French and German assistants in Scottish schools and training centres, 1912
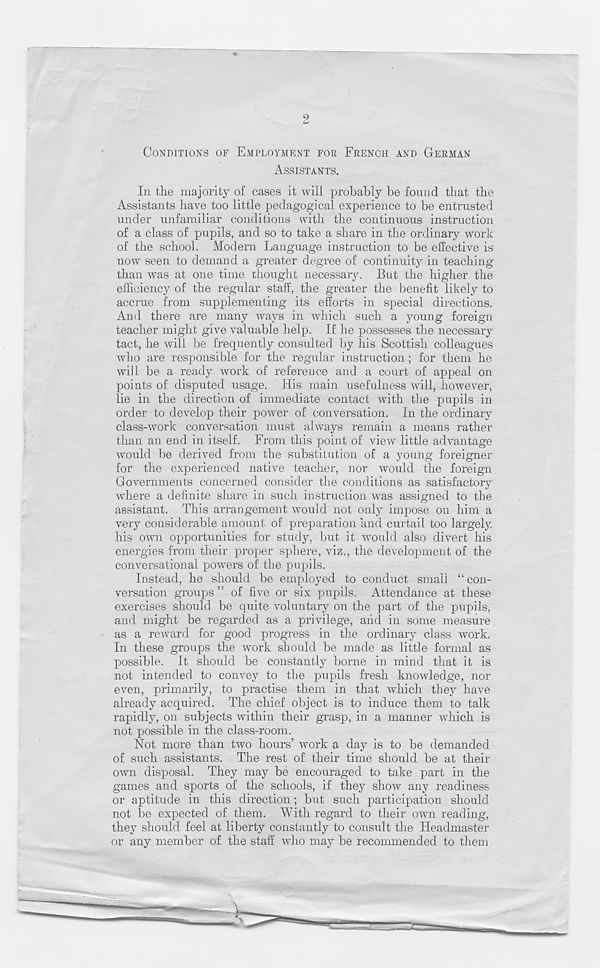
2
CONDITIONS OF EMPLOYMENT FOR FRENCH AND GERMAN
ASSISTANTS.
In the majority of cases it will probably be found that the
Assistants have too little pedagogical experience to be entrusted
under unfamiliar conditions with the continuous instruction
of a class of pupils, and so to take a share in the ordinary work
of the school. Modern Language instruction to be effective is
now seen to demand a greater degree of continuity in teaching
than was at one time thought necessary. But the higher the
efficiency of the regular staff, the greater the benefit likely to
accrue from supplementing its efforts in special directions.
And there are many ways in which such a young foreign
teacher might give valuable help. If he possesses the necessary
tact, he will be frequently consulted by his Scottish colleagues
who are responsible for the regular instruction; for them he
will be a ready work of reference and a court of appeal on
points of disputed usage. His main usefulness will, however,
lie in the direction of immediate contact with the pupils in
order to develop their power of conversation. In the ordinary
class-work conversation must always remain a means rather
than an end in itself. From this point of view little advantage
would be derived from the substitution of a young foreigner
for the experienced native teacher, nor would the foreign
Governments concerned consider the conditions as satisfactory
where a definite share in such instruction was assigned to the
assistant. This arrangement would not only impose on him a
very considerable amount of preparation and curtail too largely
his own opportunities for study, but it would also divert his
energies from their proper sphere, viz., the development of the
conversational powers of the pupils.
Instead, he should be employed to conduct small “con-
versation groups ” of five or six pupils. Attendance at these
exercises should be quite voluntary on the part of the pupils,
and might be regarded as a privilege, and in some measure
as a reward for good progress in the ordinary class work.
In these groups the work should be made as little formal as
possible. It should be constantly borne in mind that it is
not intended to convey to the pupils fresh knowledge, nor
even, primarily, to practise them in that which they have
already acquired. The chief object is to induce them to talk
rapidly, on subjects within their grasp, in a manner which is
not possible in the class-room.
Not more than two hours’ work a day is to be demanded
of such assistants. The rest of their time should be at their
own disposal. They may be encouraged to take part in the
games and sports of the schools, if they show any readiness
or aptitude in this direction; but such participation should
not be expected of them. With regard to their own reading,
they should feel at liberty constantly to consult the Headmaster
or any member of the staff who may be recommended to them